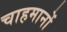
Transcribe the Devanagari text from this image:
चाहमानों